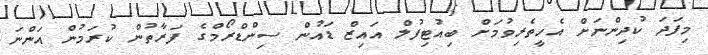
މިފަދަ ކުދިންނަށް އެހީތެރިވުމަށް ބިއުޓިފުލް އައިޒް ޑައުން ސިންޑްރޯމްގެ ފަރާތުން ކުރަމުން އަންނަ